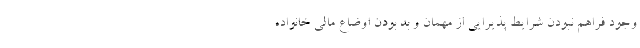
وجود فراهم نبودن شرایط پذیرایی از مهمان و بد بودن اوضاع مالی خانواده